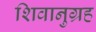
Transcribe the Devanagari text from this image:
शिवानुग्रह